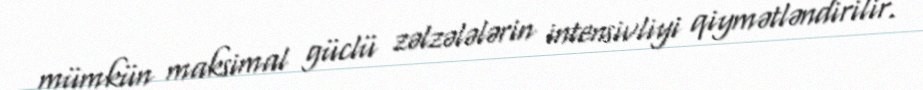
mümkün maksimal güclü zəlzələlərin intensivliyi qiymətləndirilir.